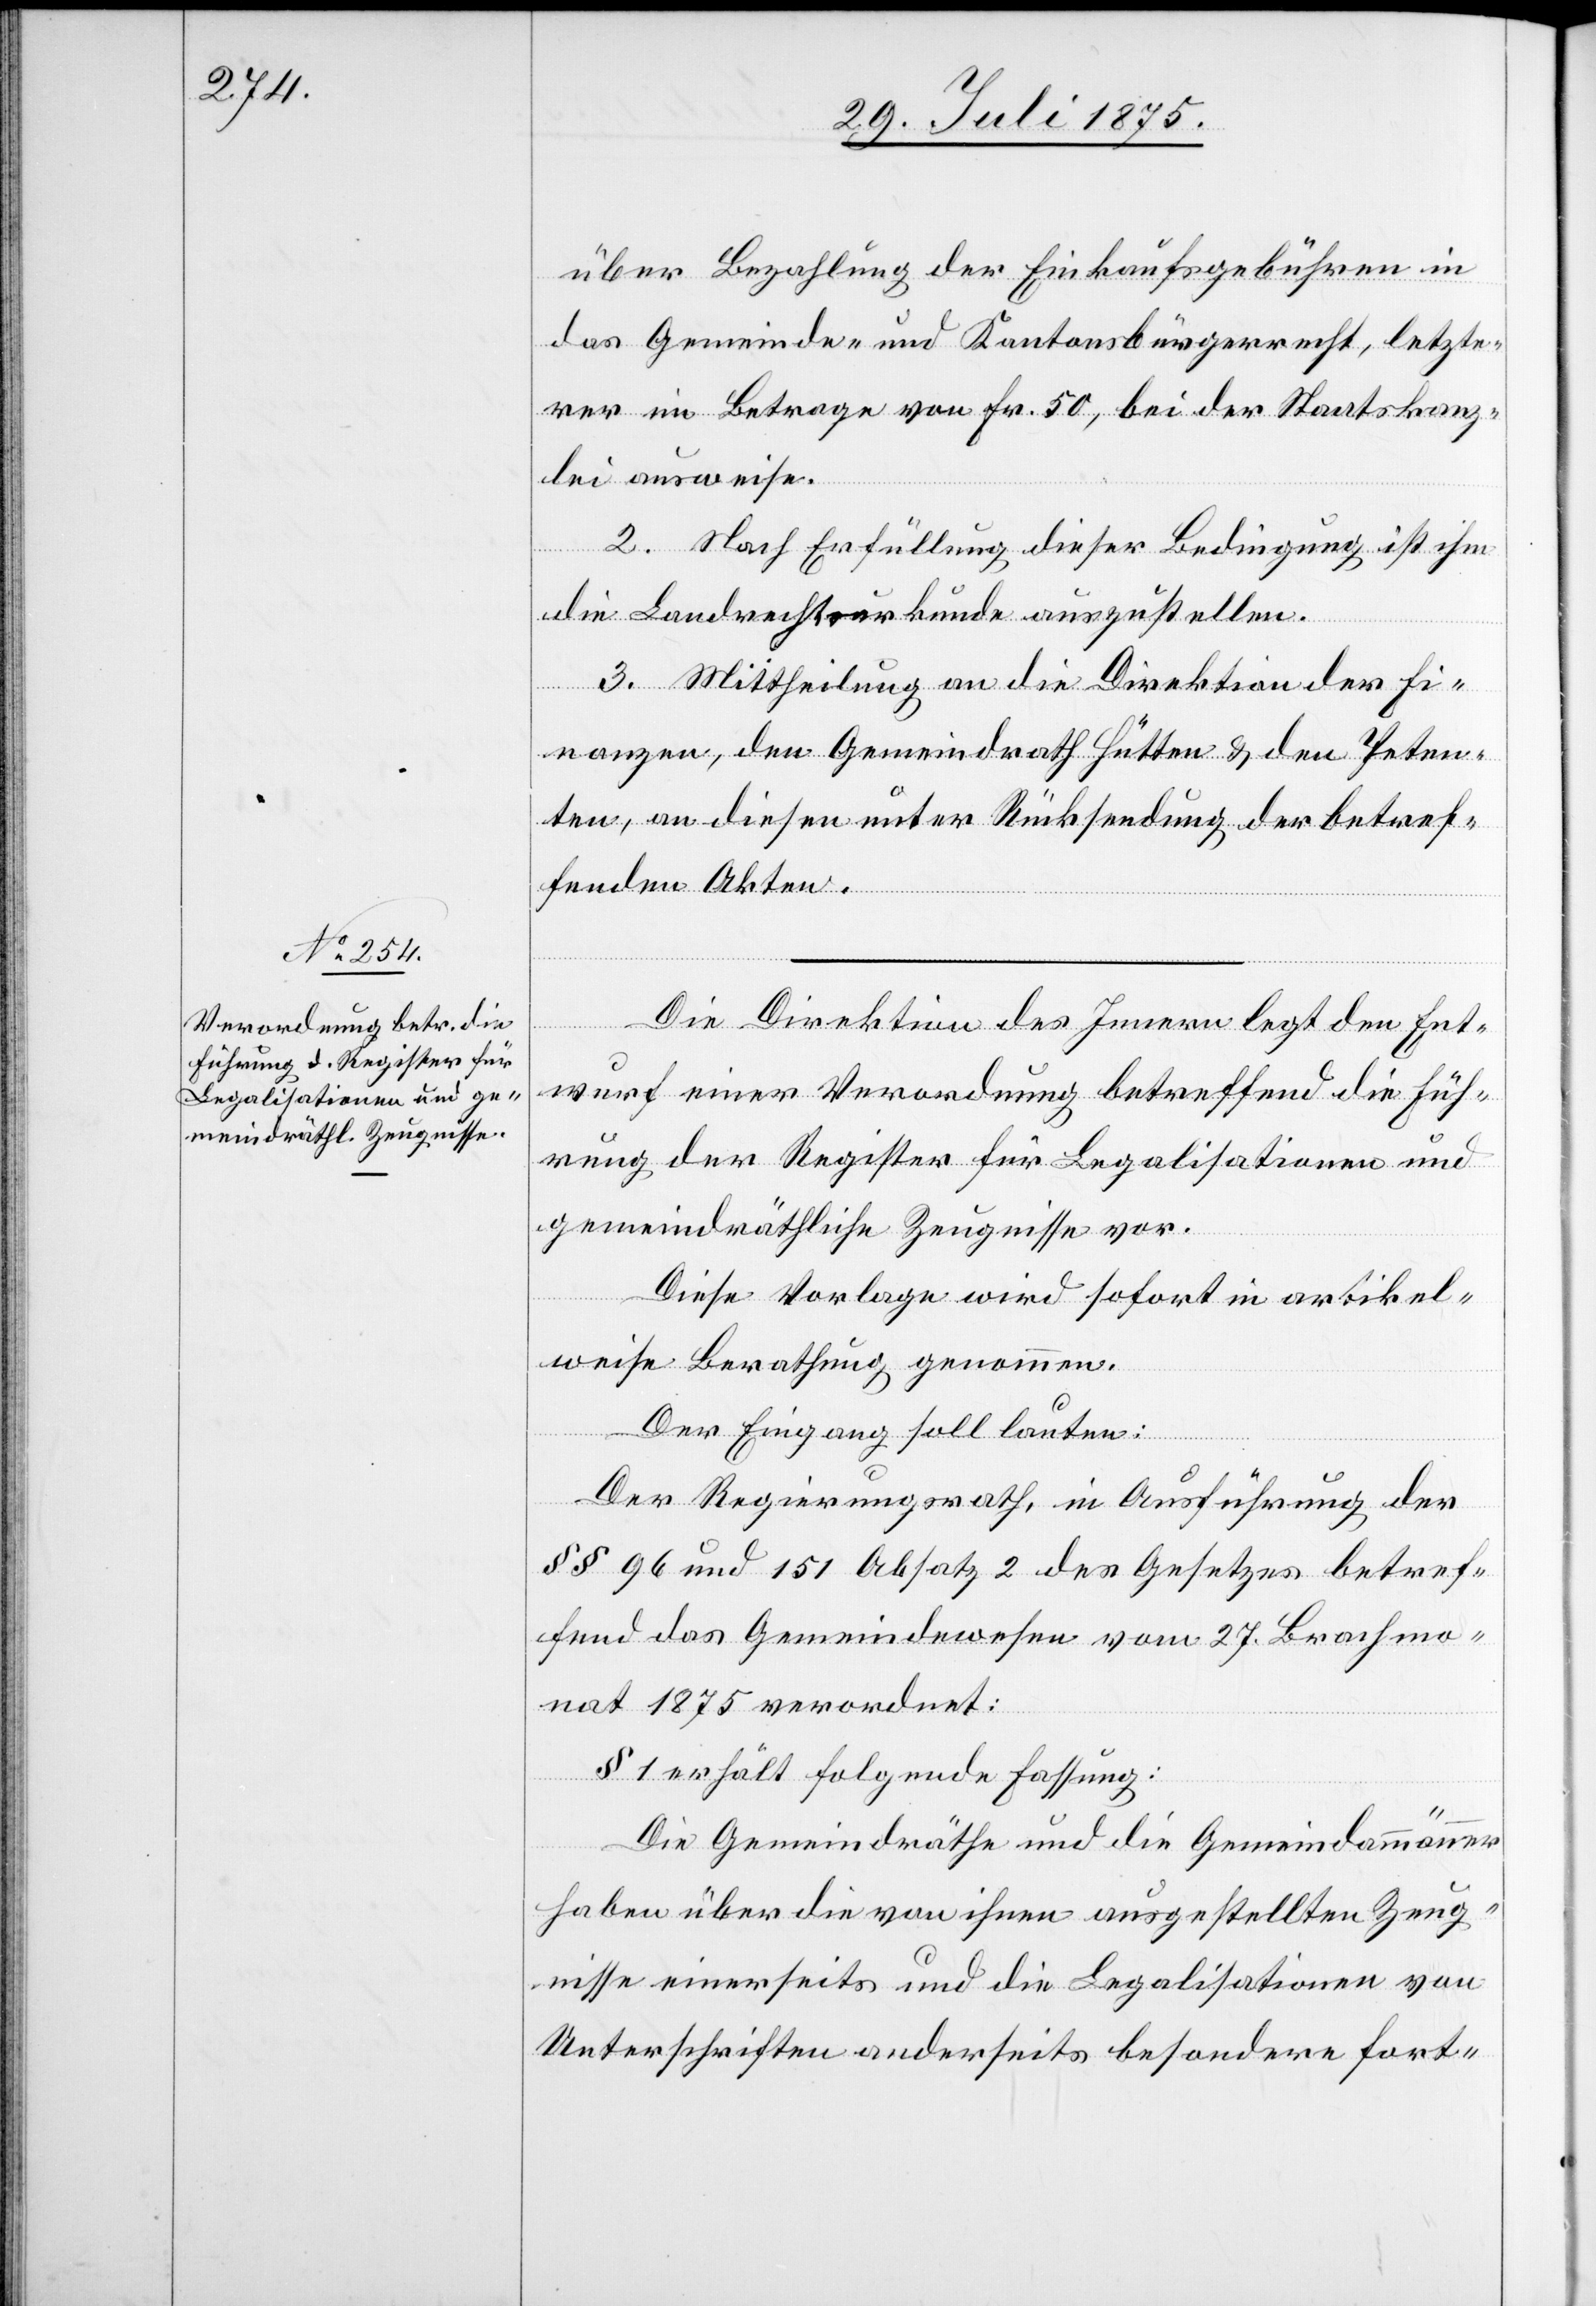
über Bezahlung der Einkaufsgebühren in
das Gemeinde. und Kantonsbürgerrecht, letzt¬
er im Betrage von Fr. 50, bei der Staatskanz¬
lei ausweise.
2. Nach Erfüllung dieser Bedingung ist ihm
die Landrechtsurkunde auszustellen.
3. Mittheilung an die Direktion der Fi¬
nanzen, den Gemeindrath Hütten & den Peten¬
ten, an diesen unter Rücksendung der betref¬
fenden Akten.
Die Direktion des Innern legt den Ent¬
wurf einer Verordnung betreffend die Füh¬
rung der Register für Legalisationen und
gemeindräthliche Zeugnisse vor.
Diese Vorlage wird sofort in artikel¬
weise Berathung genommen.
Der Eingang soll lauten:
Der Regierungsrath, in Ausführung der
§§ 96 und 151 Absatz 2 des Gesetzes betref¬
fend das Gemeindewesen vom 27. Brachmo¬
nat 1875 verordnet:
§ 1. erhält folgende Fassung:
Die Gemeindräthe und die Gemeindammänner
haben über die von ihnen ausgestellten Zeug¬
nisse einerseits und die Legalisationen von
Unterschriften anderseits besondere fort-